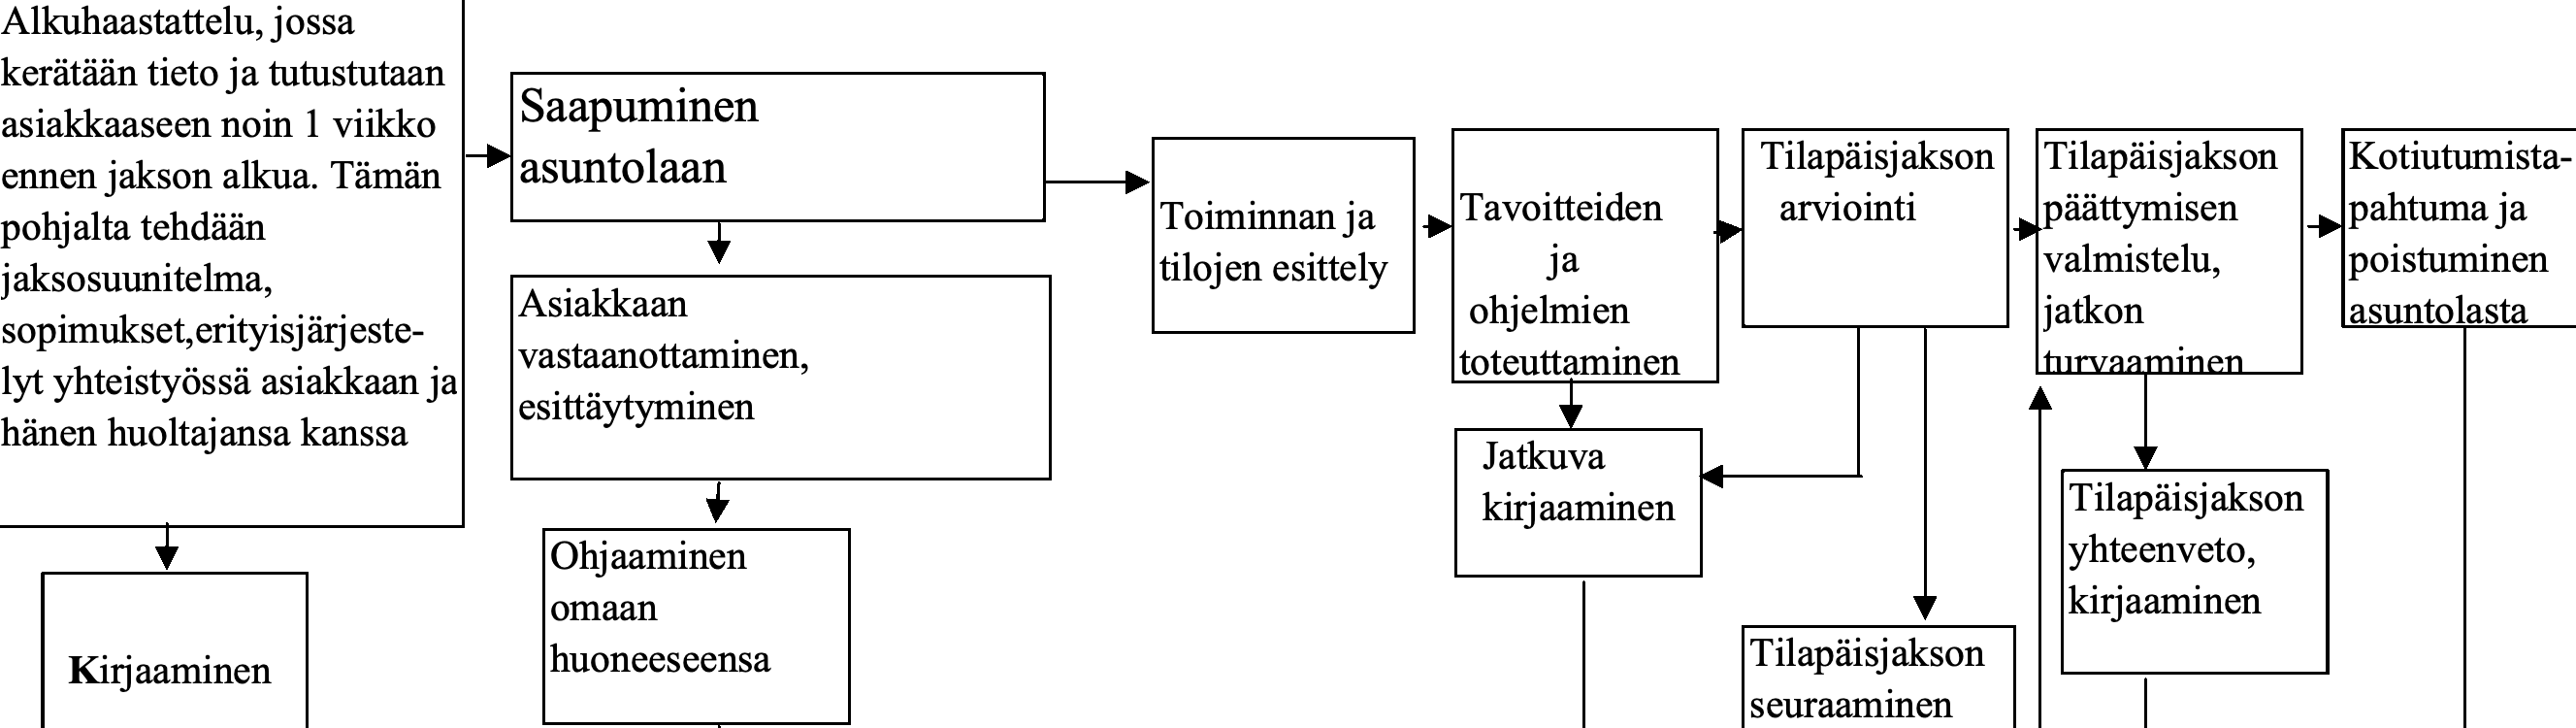
Alkuhaastattelu, jossa kerätään tieto ja tutustutaan Saapuminen asiakkaaseen noin 1 viikko asuntolaan                                Tilapäisjakson Tilapäisjakson Kotiutumista- ennen jakson alkua. Tämän pohjalta tehdään                        Toiminnan ja Tavoitteiden arviointi päättymisen pahtuma ja jaksosuunitelma,                        tilojen esittely ja           valmistelu, poistuminen Asiakkaan                       ohjelmien           jatkon    asuntolasta sopimukset,erityisjärjeste- vastaanottaminen,               toteuttaminen       turvaaminen lyt yhteistyössä asiakkaan ja esittäytyminen hänen huoltajansa kanssa Jatkuva kirjaaminen         Tilapäisjakson Ohjaaminen                                          yhteenveto, omaan                                               kirjaaminen Kirjaaminen      huoneeseensa                             Tilapäisjakson seuraaminen